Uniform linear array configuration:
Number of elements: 24
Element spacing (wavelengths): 1
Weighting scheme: hamming
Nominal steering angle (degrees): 0
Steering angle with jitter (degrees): -1.339
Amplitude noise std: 0.05
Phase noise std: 0.05

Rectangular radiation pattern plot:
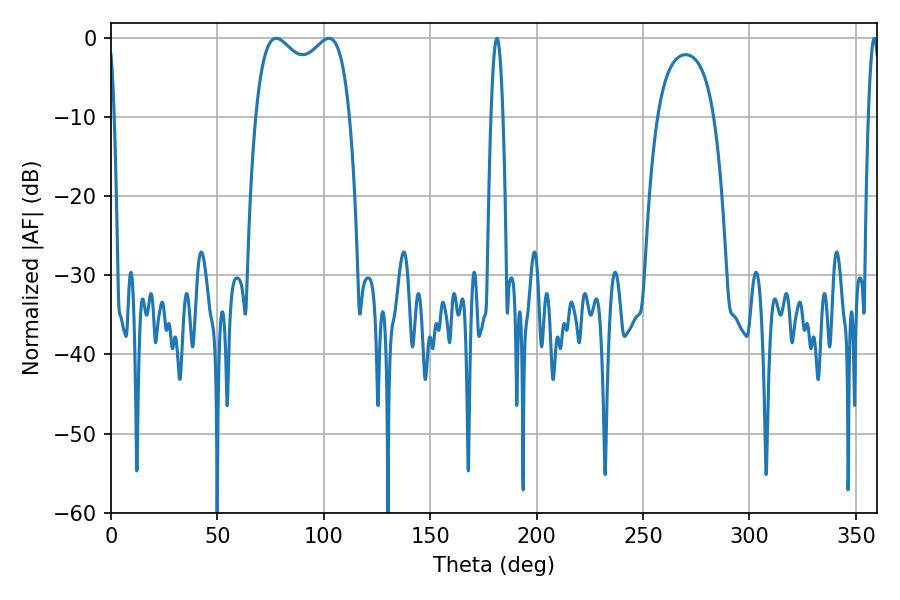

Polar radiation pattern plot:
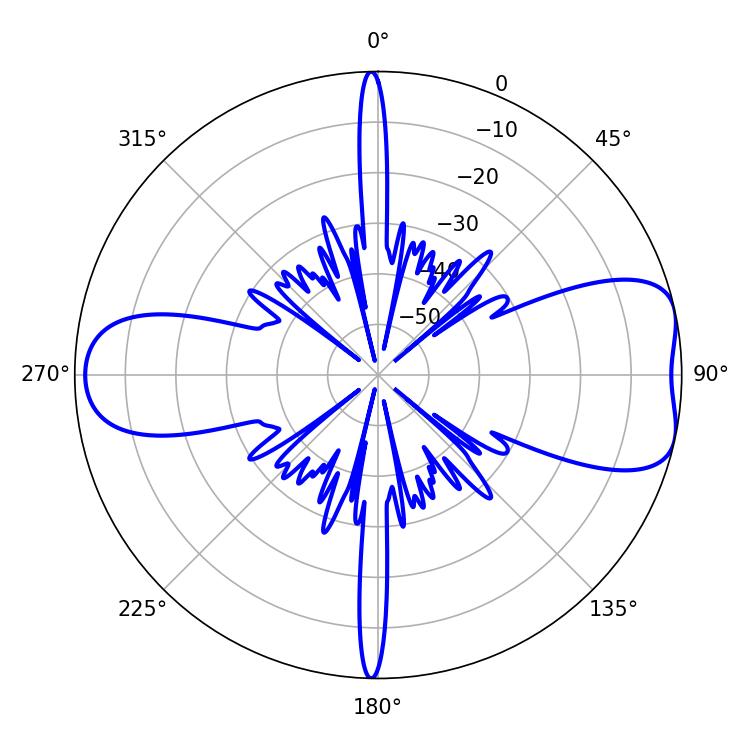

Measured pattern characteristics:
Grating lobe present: TRUE
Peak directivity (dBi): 7.661
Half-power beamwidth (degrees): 36.72
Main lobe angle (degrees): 77.58